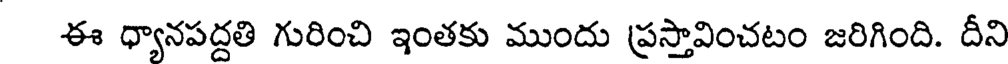
ఈ ధ్యానపద్దతి గురించి ఇంతకు ముందు ప్రస్తావించటం జరిగింది. దీని